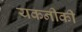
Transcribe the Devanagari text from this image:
यकनीकी